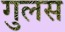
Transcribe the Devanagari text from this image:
गुलस